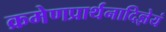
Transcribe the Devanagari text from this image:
क्रमेणप्रार्थनादिज्ञेयं